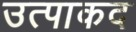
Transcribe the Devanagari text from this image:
उत्पाकद